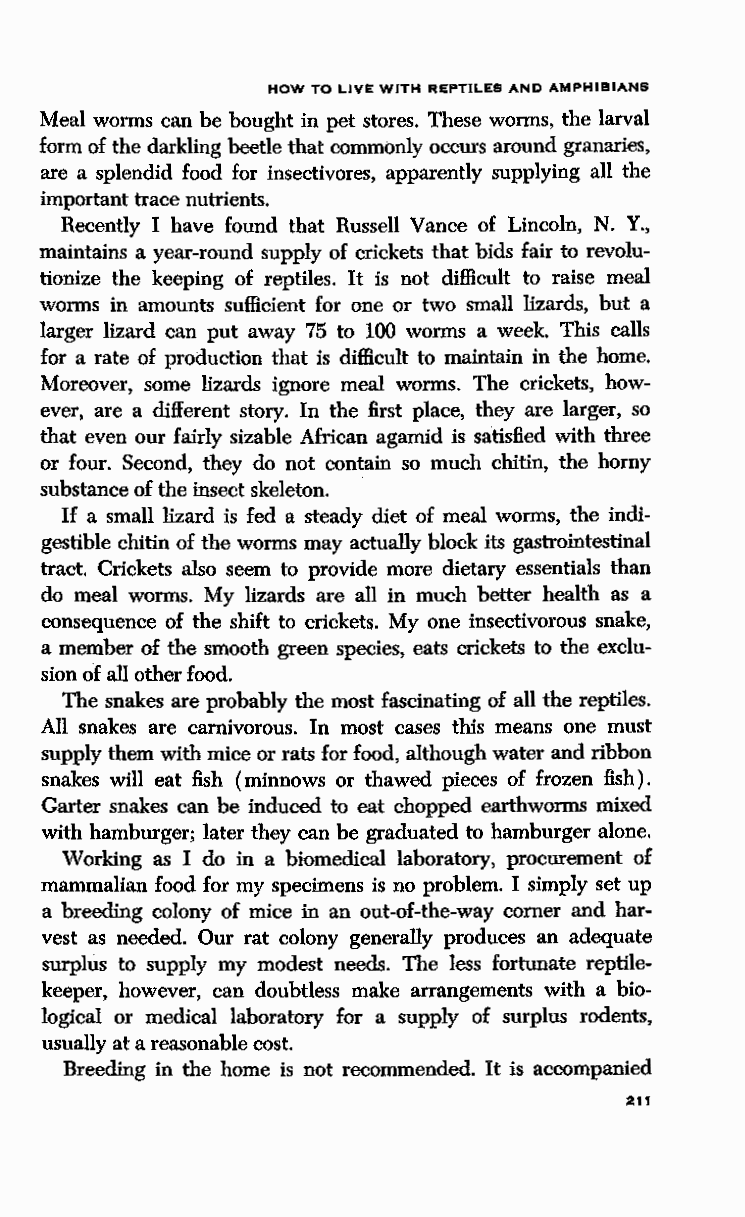
HOW TO LIVE WITH REPTILES AND AMPHIBIANS
 Meal worms can be bought in pet stores. These worms, the larval
 form of the darkling beetle that commonly occurs around granaries,
 are a splendid food for insectivores, apparently supplying all the
 important trace nutrients.
 Recently I have found that Russell Vance of Lincoln, N. Y.,
 maintains a year-round supply of crickets that bids fair to revolu
 tionize the keeping of reptiles. It is not difficult to raise meal
 worms in amounts sufficient for one or two small lizards, but a
 larger lizard can put away 75 to 100 worms a week. This calls
 for a rate of production that is difficult to maintain in the home.
 Moreover, some lizards ignore meal worms. The crickets, how
 ever, are a different story. In the first place, they are larger, so
 that even our fairly sizable Mrican agamid is satisfied with three
 or four. Second, they do not contain so much chitin, the horny
 substance of the insect skeleton. .
 If a small lizard is fed a steady diet of meal worms, the indi
 gestible chitin of the worms may actually block its gastrointestinal
 tract. Crickets also seem to provide more dietary essentials than
 do meal worms. My lizards are all in much better health as a
 consequence of the shift to crickets. My one insectivorous snake,
 a member of the smooth green species, eats crickets to the exclu
 sion of all other food.
 The snakes are probably the most fascinating of all the reptiles.
 All snakes are carnivorous. In most cases this means one must
 supply them with mice or rats for food, although water and ribbon
 snakes will eat fish (minnows or thawed pieces of frozen fish).
 Garter snakes can be induced to eat chopped earthworms mixed
 with hamburger; later they can be graduated to hamburger alone.
 Working as I do in a biomedical laboratory, procurement of
 mammalian food for my specimens is no problem. I simply set up
 a breeding colony of mice in an out-of-the-way corner and har
 vest as needed. Our rat colony generally produces an adequate
 surplus to supply my modest needs. The less fortunate reptile
 keeper, however, can doubtless make arrangements with a bio
 logical or medical laboratory for a supply of surplus rodents,
 usually at a reasonable cost.
 Breeding in the home is not recommended. It is accompanied
 211